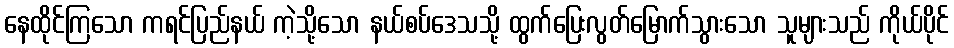
နေထိုင်ကြသော ကရင်ပြည်နယ် ကဲ့သို့သော နယ်စပ်ဒေသသို့ ထွက်ပြေးလွတ်မြောက်သွားသော သူများသည် ကိုယ်ပိုင်